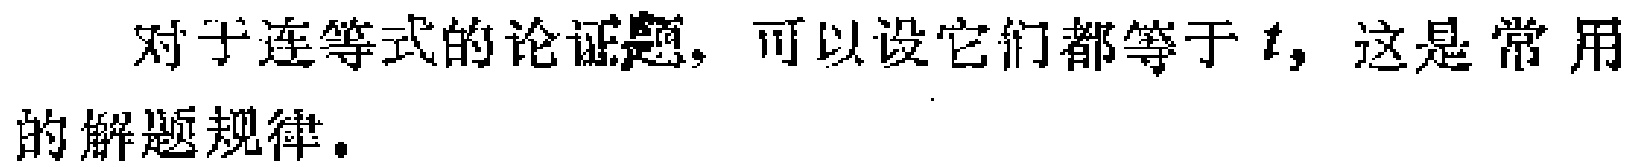
对于连等式的论证题，可以设它们都等于\(t\)，这是常用的解题规律。